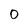
Character: 0